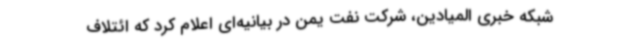
شبکه خبری المیادین، شرکت نفت یمن در بیانیه‌ای اعلام کرد که ائتلاف